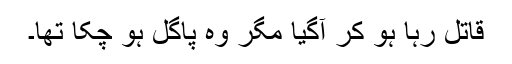
قاتل رہا ہو کر آگیا مگر وہ پاگل ہو چکا تھا۔